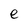
Character: e